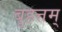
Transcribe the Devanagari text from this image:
बृहत्तम्